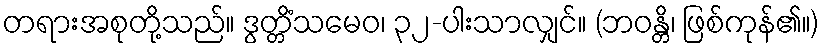
တရားအစုတို့သည်။ ဒွတ္တိံသမေဝ၊ ၃၂-ပါးသာလျှင်။ (ဘဝန္တိ၊ ဖြစ်ကုန်၏။)